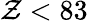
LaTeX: \mathcal{Z}<83